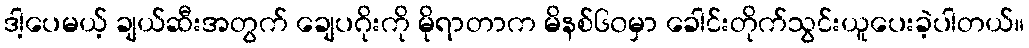
ဒါ့ပေမယ့် ချယ်ဆီးအတွက် ချေပဂိုးကို မိုရာတာက မိနစ်၆၀မှာ ခေါင်းတိုက်သွင်းယူပေးခဲ့ပါတယ်။